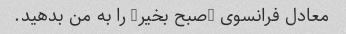
معادل فرانسوی "صبح بخیر" را به من بدهید.